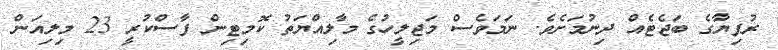
ރުފިޔާގެ ބަޖެޓެއް ދިނުމަށެވެ. ނަމަވެސް މަޖިލީހުގެ މާލިއްޔަތު ކޮމިޓިން ފާސްކުރީ 23 މިލިއަން